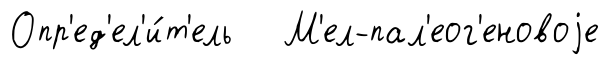
Опр'ед'ел'и́т'ель М'ел-пал'еог'еновоjе